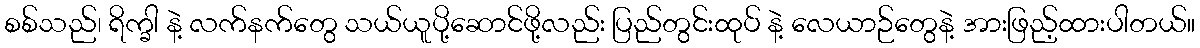
စစ်သည်၊ ရိက္ခါ နဲ့ လက်နက်တွေ သယ်ယူပို့ဆောင်ဖို့လည်း ပြည်တွင်းထုပ် နဲ့ လေယာဉ်တွေနဲ့ အားဖြည့်ထားပါတယ်။